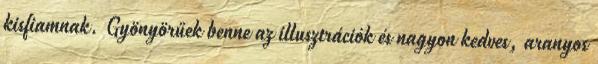
kisfiamnak. Gyönyörűek benne az illusztrációk és nagyon kedves, aranyos